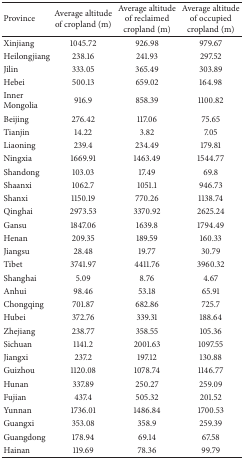
<table><thead><tr><td><b>Province</b></td><td><b>Average altitude of cropland (m)</b></td><td><b>Average altitude of reclaimed cropland (m)</b></td><td><b>Average altitude of occupied cropland (m)</b></td></tr></thead><tbody><tr><td>Xinjiang</td><td>1045.72</td><td>926.98</td><td>979.67</td></tr><tr><td>Heilongjiang</td><td>238.16</td><td>241.93</td><td>297.52</td></tr><tr><td>Jilin</td><td>333.05</td><td>365.49</td><td>303.89</td></tr><tr><td>Hebei</td><td>500.13</td><td>659.02</td><td>164.98</td></tr><tr><td>Inner Mongolia</td><td>916.9</td><td>858.39</td><td>1100.82</td></tr><tr><td>Beijing</td><td>276.42</td><td>117.06</td><td>75.65</td></tr><tr><td>Tianjin</td><td>14.22</td><td>3.82</td><td>7.05</td></tr><tr><td>Liaoning</td><td>239.4</td><td>234.49</td><td>179.81</td></tr><tr><td>Ningxia</td><td>1669.91</td><td>1463.49</td><td>1544.77</td></tr><tr><td>Shandong</td><td>103.03</td><td>17.49</td><td>69.8</td></tr><tr><td>Shaanxi</td><td>1062.7</td><td>1051.1</td><td>946.73</td></tr><tr><td>Shanxi</td><td>1150.19</td><td>770.26</td><td>1138.74</td></tr><tr><td>Qinghai</td><td>2973.53</td><td>3370.92</td><td>2625.24</td></tr><tr><td>Gansu</td><td>1847.06</td><td>1639.8</td><td>1794.49</td></tr><tr><td>Henan</td><td>209.35</td><td>189.59</td><td>160.33</td></tr><tr><td>Jiangsu</td><td>28.48</td><td>19.77</td><td>30.79</td></tr><tr><td>Tibet</td><td>3741.97</td><td>4411.76</td><td>3960.32</td></tr><tr><td>Shanghai</td><td>5.09</td><td>8.76</td><td>4.67</td></tr><tr><td>Anhui</td><td>98.46</td><td>53.18</td><td>65.91</td></tr><tr><td>Chongqing</td><td>701.87</td><td>682.86</td><td>725.7</td></tr><tr><td>Hubei</td><td>372.76</td><td>339.31</td><td>188.64</td></tr><tr><td>Zhejiang</td><td>238.77</td><td>358.55</td><td>105.36</td></tr><tr><td>Sichuan</td><td>1141.2</td><td>2001.63</td><td>1097.55</td></tr><tr><td>Jiangxi</td><td>237.2</td><td>197.12</td><td>130.88</td></tr><tr><td>Guizhou</td><td>1120.08</td><td>1078.74</td><td>1146.77</td></tr><tr><td>Hunan</td><td>337.89</td><td>250.27</td><td>259.09</td></tr><tr><td>Fujian</td><td>437.4</td><td>505.32</td><td>201.52</td></tr><tr><td>Yunnan</td><td>1736.01</td><td>1486.84</td><td>1700.53</td></tr><tr><td>Guangxi</td><td>353.08</td><td>358.9</td><td>259.39</td></tr><tr><td>Guangdong</td><td>178.94</td><td>69.14</td><td>67.58</td></tr><tr><td>Hainan</td><td>119.69</td><td>78.36</td><td>99.79</td></tr></tbody></table>